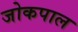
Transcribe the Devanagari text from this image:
जोकपाल